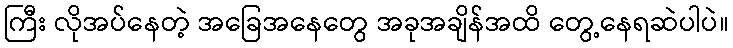
ကြီး လိုအပ်နေတဲ့ အခြေအနေတွေ အခုအချိန်အထိ တွေ့နေရဆဲပါပဲ။